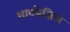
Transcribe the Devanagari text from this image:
भावयेन्नित्यं